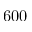
6 0 0